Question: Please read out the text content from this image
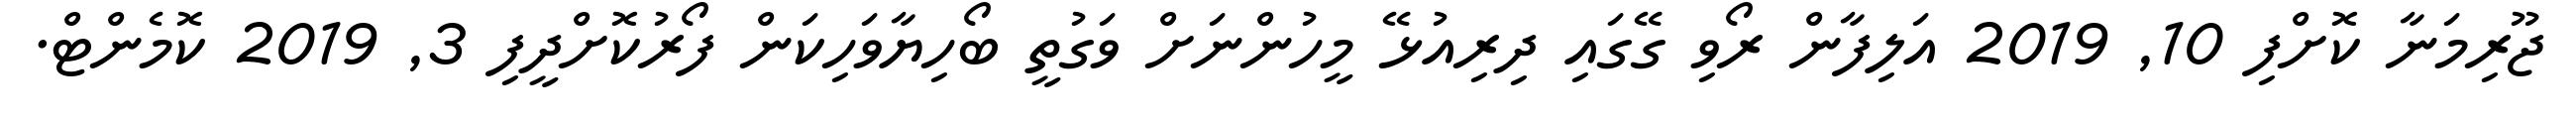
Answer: ޖޫރިމަނާ ކޮށްފި 10, 2019 އަލިފާން ރޯވި ގޭގައި ދިރިއުޅޭ މީހުންނަށް ވަގުތީ ބޯހިޔާވަހިކަން ފޯރުކޮށްދީފި 3, 2019 ކޮމެންޓް.